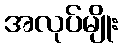
အလုပ်မျိုး